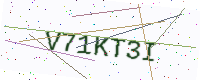
Text: V71KT3I